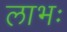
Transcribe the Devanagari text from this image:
लाभः